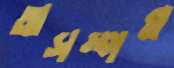
অসম্পন্ন